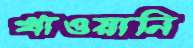
খাওয়ানি